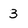
Character: 3